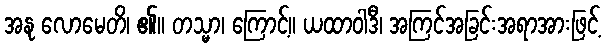
အနု လောမေတိ၊ ၏။ တသ္မာ၊ ကြောင့်။ ယထာဝါဒီ၊ အကြင်အခြင်းအရာအားဖြင့်